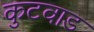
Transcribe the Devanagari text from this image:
कुटवाड